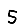
Digit: 5